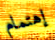
إهتمام